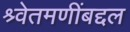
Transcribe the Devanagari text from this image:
श्र्वेतमणींबद्दल